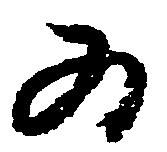
為